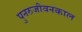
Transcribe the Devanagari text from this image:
पुनरुजीवनकाल